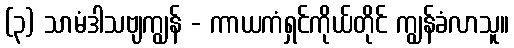
(၃) သာမံဒါသဗျကျွန် - ကာယကံရှင်ကိုယ်တိုင် ကျွန်ခံလာသူ။